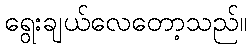
ရွေးချယ်လေတော့သည်။